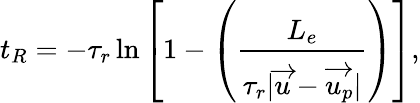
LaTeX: t_{R}=-\tau_{r}\ln\left[1-\left(\frac{L_{e}}{\tau_{r}|\overrightarrow{u}-\overrightarrow{u_{p}}|}\right)\right],